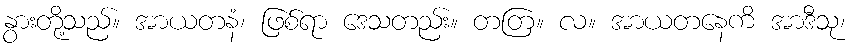
နွားတို့သည်။ အာယတနံ၊ ဖြစ်ရာ ဒေသတည်း။ တတြ။ လ။ အာယတနေကိ အာဒီသု၊